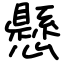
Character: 懸